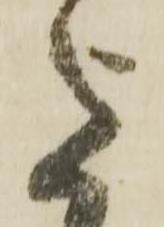
意